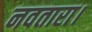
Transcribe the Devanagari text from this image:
नवतारा।